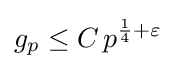
g_{p}\leq C\,p^{{\frac {1}{4}}+\varepsilon }